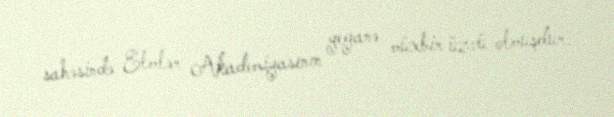
sahəsində Elmlər Akademiyasının yeganə müxbir üzvü olmuşdur.